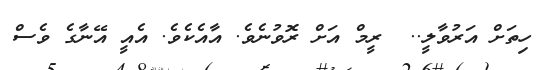
ހިތަށް އަރުވާލީ..  ރީމް އަށް ރޮވުނެވެ. އާއެކެވެ. އެއީ އޭނާގެ ވެސް